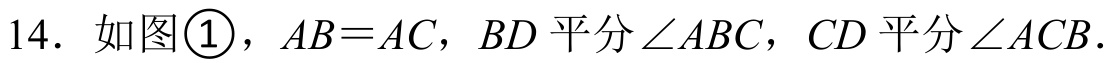
14. 如图\textcircled{1}，\(AB = AC\)，\(BD\)平分\(\angle ABC\)，\(CD\)平分\(\angle ACB\).